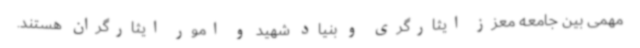
مهمی بین جامعه معزز ایثارگری و بنیاد شهید و امور ایثارگران هستند.